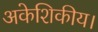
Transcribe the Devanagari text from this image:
अकेशिकीय।